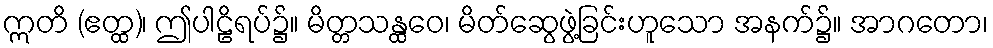
ဣတိ (ဧတ္ထ)၊ ဤပါဠိရပ်၌။ မိတ္တသန္ထဝေ၊ မိတ်ဆွေဖွဲ့ခြင်းဟူသော အနက်၌။ အာဂတော၊